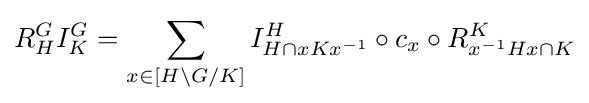
R_{H}^{G}I_{K}^{G}=\sum _{x\in [H\backslash G/K]}I_{H\cap xKx^{-1}}^{H}\circ c_{x}\circ R_{x^{-1}Hx\cap K}^{K}